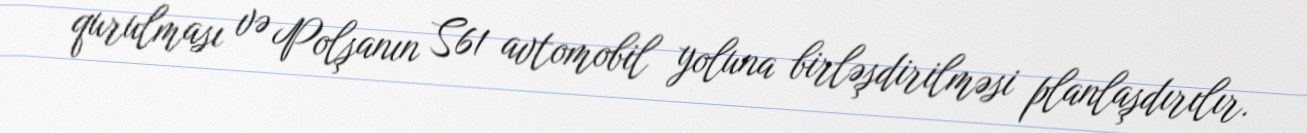
qurulması və Polşanın S61 avtomobil yoluna birləşdirilməsi planlaşdırılır.